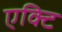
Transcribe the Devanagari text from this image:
एक्टि